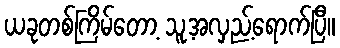
ယခုတစ်ကြိမ်တော့ သူ့အလှည့်ရောက်ပြီ။